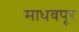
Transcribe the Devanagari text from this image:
माधवपूर